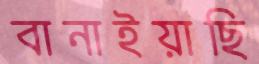
বানাইয়াছি